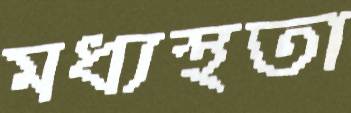
মধ্যস্থতা